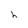
Character: h